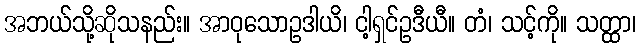
အဘယ်သို့ဆိုသနည်း။ အာဝုသောဥဒါယိ၊ ငါ့ရှင်ဥဒီယီ။ တံ၊ သင့်ကို။ သတ္ထာ၊